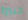
خبيرا